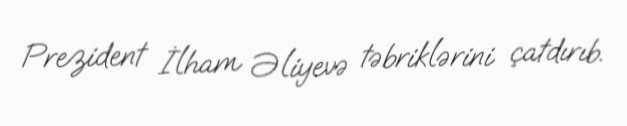
Prezident İlham Əliyevə təbriklərini çatdırıb.